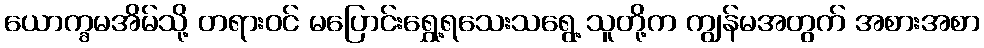
ယောက္ခမအိမ်သို့ တရားဝင် မပြောင်းရွှေ့ရသေးသရွေ့ သူတို့က ကျွန်မအတွက် အစားအစာ